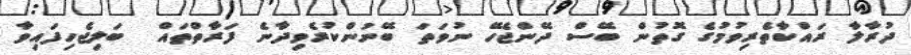
ދުރާލާ ރައްކާތެރިވުމުގެ ގޮތުން ބޭސް ދޭންޖެހޭ ނުވަތަ ބޭނުންކުރެވިދާނެ ފަރާތްތައް  ބަލިޖެހިފައިވާ